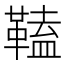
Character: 𩌍